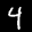
Label: 4